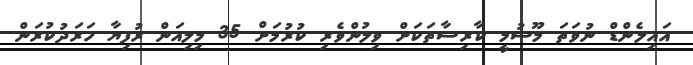
އައިލެންޑް ނުވަތަ މޫސުމީ ކާރިސާތަކަށް ވިލުންވެރި ކުރުމަށް 35 މިލިއަން ރުފިޔާ ހަރަދުކުރަން